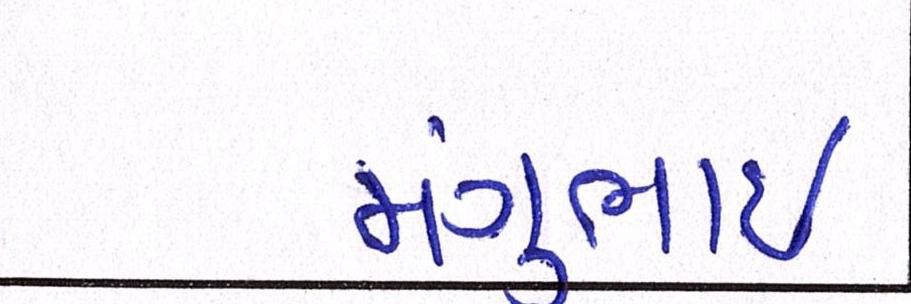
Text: મંગુભાઇ